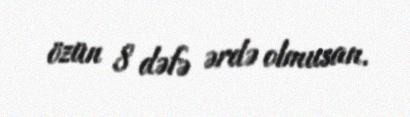
özün 8 dəfə ərdə olmusan.